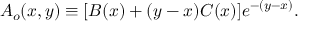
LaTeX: A _ { o } ( x , y ) \equiv [ B ( x ) + ( y - x ) C ( x ) ] e ^ { - ( y - x ) } .